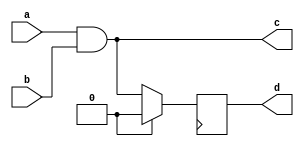
module ModuleStructure(input a, b, output c, d);
  // Input and output ports
  
  wire x;
  reg y;
  
  // Internal wires and registers
  
  assign x = a & b;
  
  always @(posedge clk) begin
    if (reset)
      y <= 1'b0;
    else
      y <= x;
  end
  
  assign c = x;
  assign d = y;
endmodule